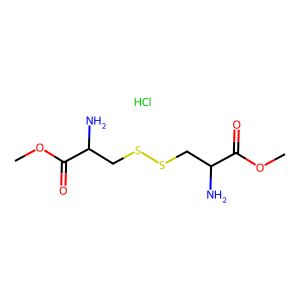
SMILES: COC(=O)C(N)CSSCC(N)C(=O)OC.Cl
Inhibits HIV replication: No